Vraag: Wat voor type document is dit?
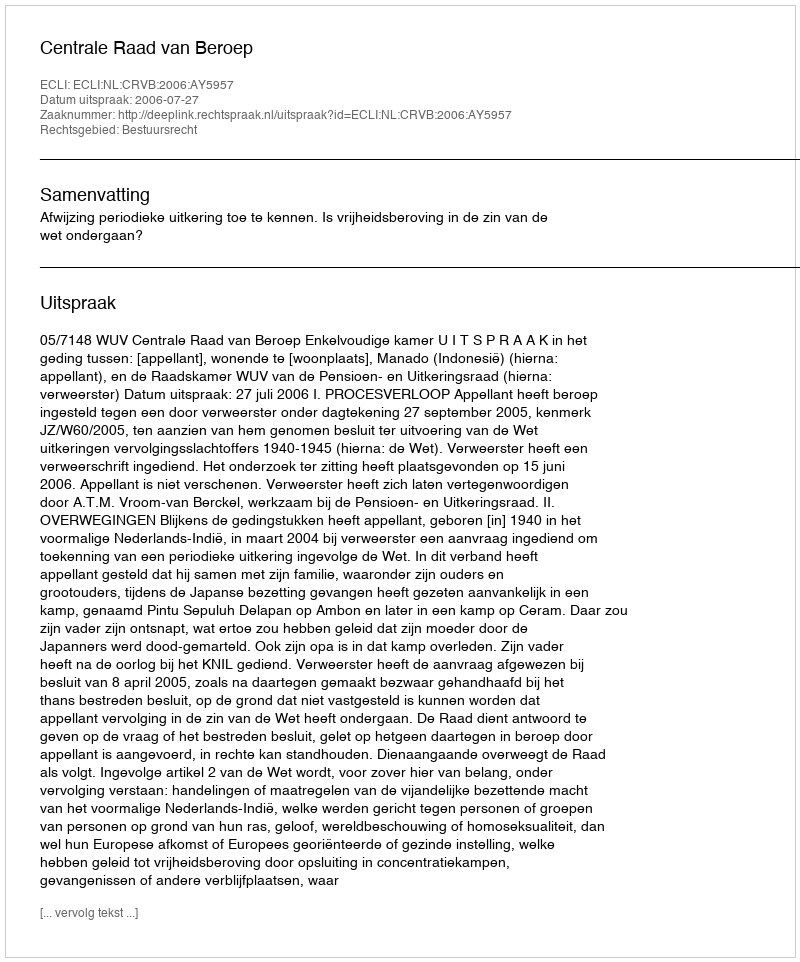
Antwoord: Uitspraak